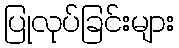
ပြုလုပ်ခြင်းများ